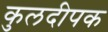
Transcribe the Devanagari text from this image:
कुलदीपक